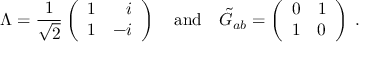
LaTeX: \Lambda = { \frac { 1 } { \sqrt { 2 } } } \left( \begin{array} { r r } { { 1 } } & { { i } } \\ { { 1 } } & { { - i } } \end{array} \right) \quad \mathrm { { a n d } } \quad \tilde { { \cal G } } _ { a b } = \left( \begin{array} { c c } { { 0 } } & { { 1 } } \\ { { 1 } } & { { 0 } } \end{array} \right) \; .